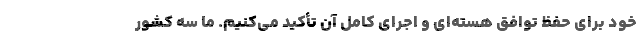
خود برای حفظ توافق هسته‌ای و اجرای کامل آن تأکید می‌کنیم. ما سه کشور